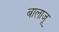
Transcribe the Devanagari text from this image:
बालाजू